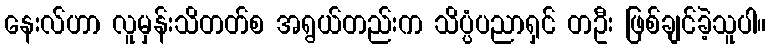
နေးလ်ဟာ လူမှန်းသိတတ်စ အရွယ်တည်းက သိပ္ပံပညာရှင် တဦး ဖြစ်ချင်ခဲ့သူပါ။